Indian journal of veterinary science and animal husbandry - Volumes 26-27, 1956-1957
Year: 1956
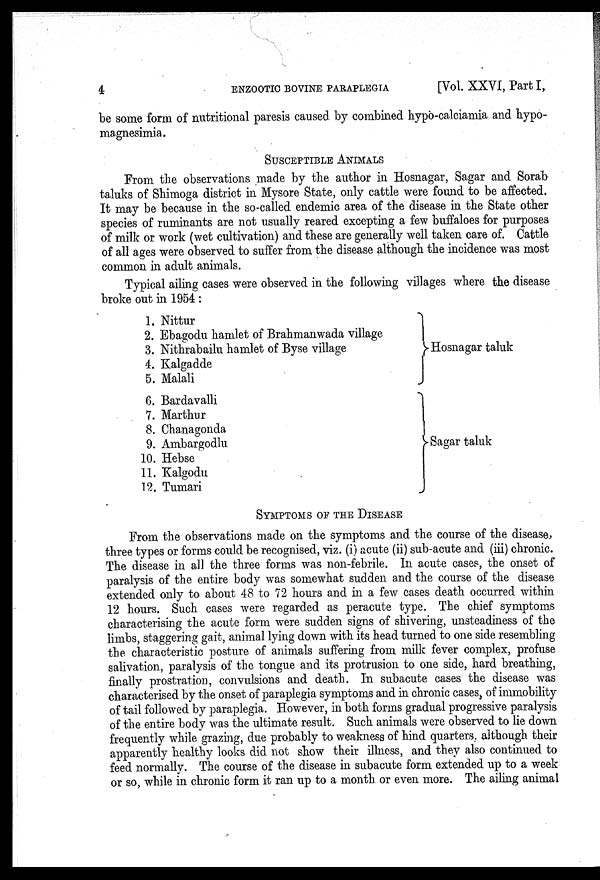
4
ENZOOTIC BOVINE PARAPLEGIA
[Vol. XXVI, Part I,
be some form of nutritional paresis caused by combined hypo-calciamia and hypo-
magnesimia.
SUSCEPTIBLE ANIMALS
From the observations made by the author in Hosnagar, Sagar and Sorab
taluks of Shimoga district in Mysore State, only cattle were found to be affected.
It may be because in the so-called endemic area of the disease in the State other
species of ruminants are not usually reared excepting a few buffaloes for purposes
of milk or work (wet cultivation) and these are generally well taken care of. Cattle
of all ages were observed to suffer from the disease although the incidence was most
common in adult animals.
Typical ailing cases were observed in the following villages where the disease
broke out in 1954 :
1. Nittur
2. Ebagodu hamlet of Brahmanwada village
3. Nithrabailu hamlet of Byse village
4. Kalgadde
5. Malali
6. Bardavalli
7. Marthur
8. Chanagonda
9. Ambargodlu
10. Hebse
11. Kalgodu
12. Tumari
Hosnagar taluk
Sagar taluk
SYMPTOMS OF THE DISEASE
From the observations made on the symptoms and the course of the disease,
three types or forms could be recognised, viz. (i) acute (ii) sub-acute and (iii) chronic.
The disease in all the three forms was non-febrile. In acute cases, the onset of
paralysis of the entire body was somewhat sudden and the course of the disease
extended only to about 48 to 72 hours and in a few cases death occurred within
12 hours. Such cases were regarded as peracute type. The chief symptoms
characterising the acute form were sudden signs of shivering, unsteadiness of the
limbs, staggering gait, animal lying down with its head turned to one side resembling
the characteristic posture of animals suffering from milk fever complex, profuse
salivation, paralysis of the tongue and its protrusion to one side, hard breathing,
finally prostration, convulsions and death. In subacute cases the disease was
characterised by the onset of paraplegia symptoms and in chronic cases, of immobility
of tail followed by paraplegia. However, in both forms gradual progressive paralysis
of the entire body was the ultimate result. Such animals were observed to lie down
frequently while grazing, due probably to weakness of hind quarters, although their
apparently healthy looks did not show their illness, and they also continued to
feed normally. The course of the disease in subacute form extended up to a week
or so, while in chronic form it ran up to a month or even more. The ailing animal